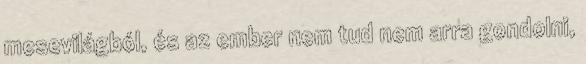
mesevilágból, és az ember nem tud nem arra gondolni,